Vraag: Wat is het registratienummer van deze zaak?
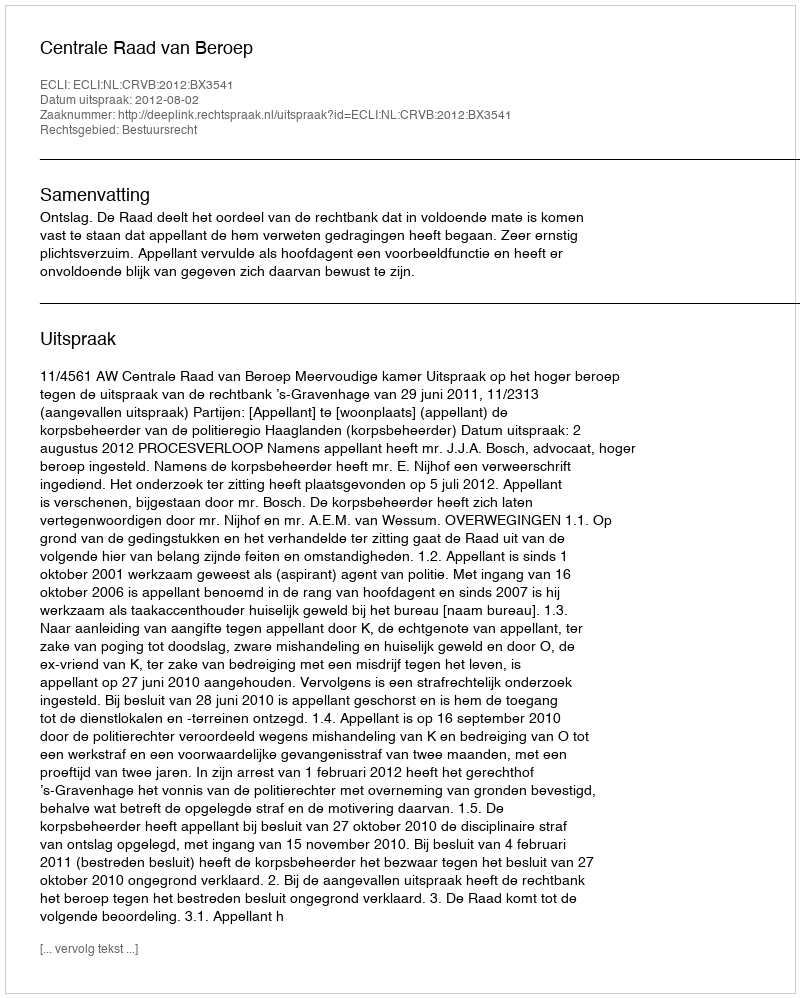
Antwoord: http://deeplink.rechtspraak.nl/uitspraak?id=ECLI:NL:CRVB:2012:BX3541